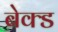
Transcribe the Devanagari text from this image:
बेक्‍ड